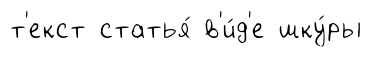
т'екст статья́ в'и́д'е шку́ры